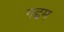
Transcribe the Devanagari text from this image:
गद्दम